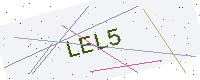
Text: LEL5